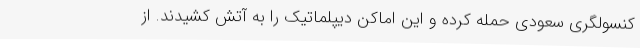
کنسولگری سعودی حمله کرده و این اماکن دیپلماتیک را به آتش کشیدند. از